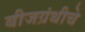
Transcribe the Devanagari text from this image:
बीजग्रंथीचे